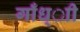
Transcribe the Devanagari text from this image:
गाँध्ाी